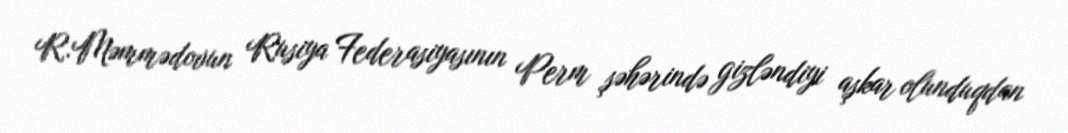
R.Məmmədovun Rusiya Federasiyasının Perm şəhərində gizləndiyi aşkar olunduqdan